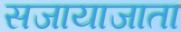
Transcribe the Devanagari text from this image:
सजायाजाता